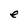
Character: e